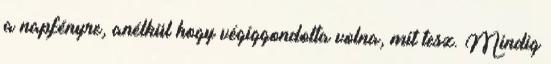
a napfényre, anélkül hogy végiggondolta volna, mit tesz. Mindig